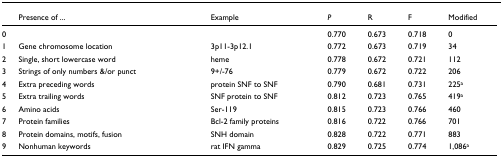
<table><thead><tr><td></td><td><b>Presence of ...</b></td><td><b>Example</b></td><td><b><i>P</i></b></td><td><b>R</b></td><td><b>F</b></td><td><b>Modified</b></td></tr></thead><tbody><tr><td>0</td><td></td><td></td><td>0.770</td><td>0.673</td><td>0.718</td><td>0</td></tr><tr><td>1</td><td>Gene chromosome location</td><td>3p11-3p12.1</td><td>0.772</td><td>0.673</td><td>0.719</td><td>34</td></tr><tr><td>2</td><td>Single, short lowercase word</td><td>heme</td><td>0.778</td><td>0.672</td><td>0.721</td><td>112</td></tr><tr><td>3</td><td>Strings of only numbers &amp;/or punct</td><td>9+/-76</td><td>0.779</td><td>0.672</td><td>0.722</td><td>206</td></tr><tr><td>4</td><td>Extra preceding words</td><td>protein SNF to SNF</td><td>0.790</td><td>0.681</td><td>0.731</td><td>225<sup>a</sup></td></tr><tr><td>5</td><td>Extra trailing words</td><td>SNF protein to SNF</td><td>0.812</td><td>0.723</td><td>0.765</td><td>419<sup>a</sup></td></tr><tr><td>6</td><td>Amino acids</td><td>Ser-119</td><td>0.815</td><td>0.723</td><td>0.766</td><td>460</td></tr><tr><td>7</td><td>Protein families</td><td>Bcl-2 family proteins</td><td>0.816</td><td>0.722</td><td>0.766</td><td>701</td></tr><tr><td>8</td><td>Protein domains, motifs, fusion</td><td>SNH domain</td><td>0.828</td><td>0.722</td><td>0.771</td><td>883</td></tr><tr><td>9</td><td>Nonhuman keywords</td><td>rat IFN gamma</td><td>0.829</td><td>0.725</td><td>0.774</td><td>1,086<sup>a</sup></td></tr></tbody></table>